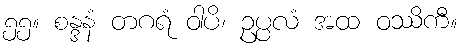
၅၅။ စန္ဒနံ တဂရံ ဝါပိ၊ ဥပ္ပလံ အထ ဝဿိကီ။